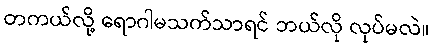
တကယ်လို့ ရောဂါမသက်သာရင် ဘယ်လို လုပ်မလဲ။